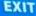
EXIT